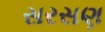
સરસણ